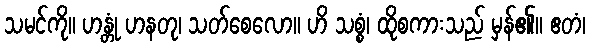
သမင်ကို။ ဟန္တုံ ဟနတု၊ သတ်စေလော။ ဟိ သစ္စံ၊ ထိုစကားသည် မှန်၏။ ဧတံ၊